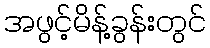
အဖွင့်မိန့်ခွန်းတွင်